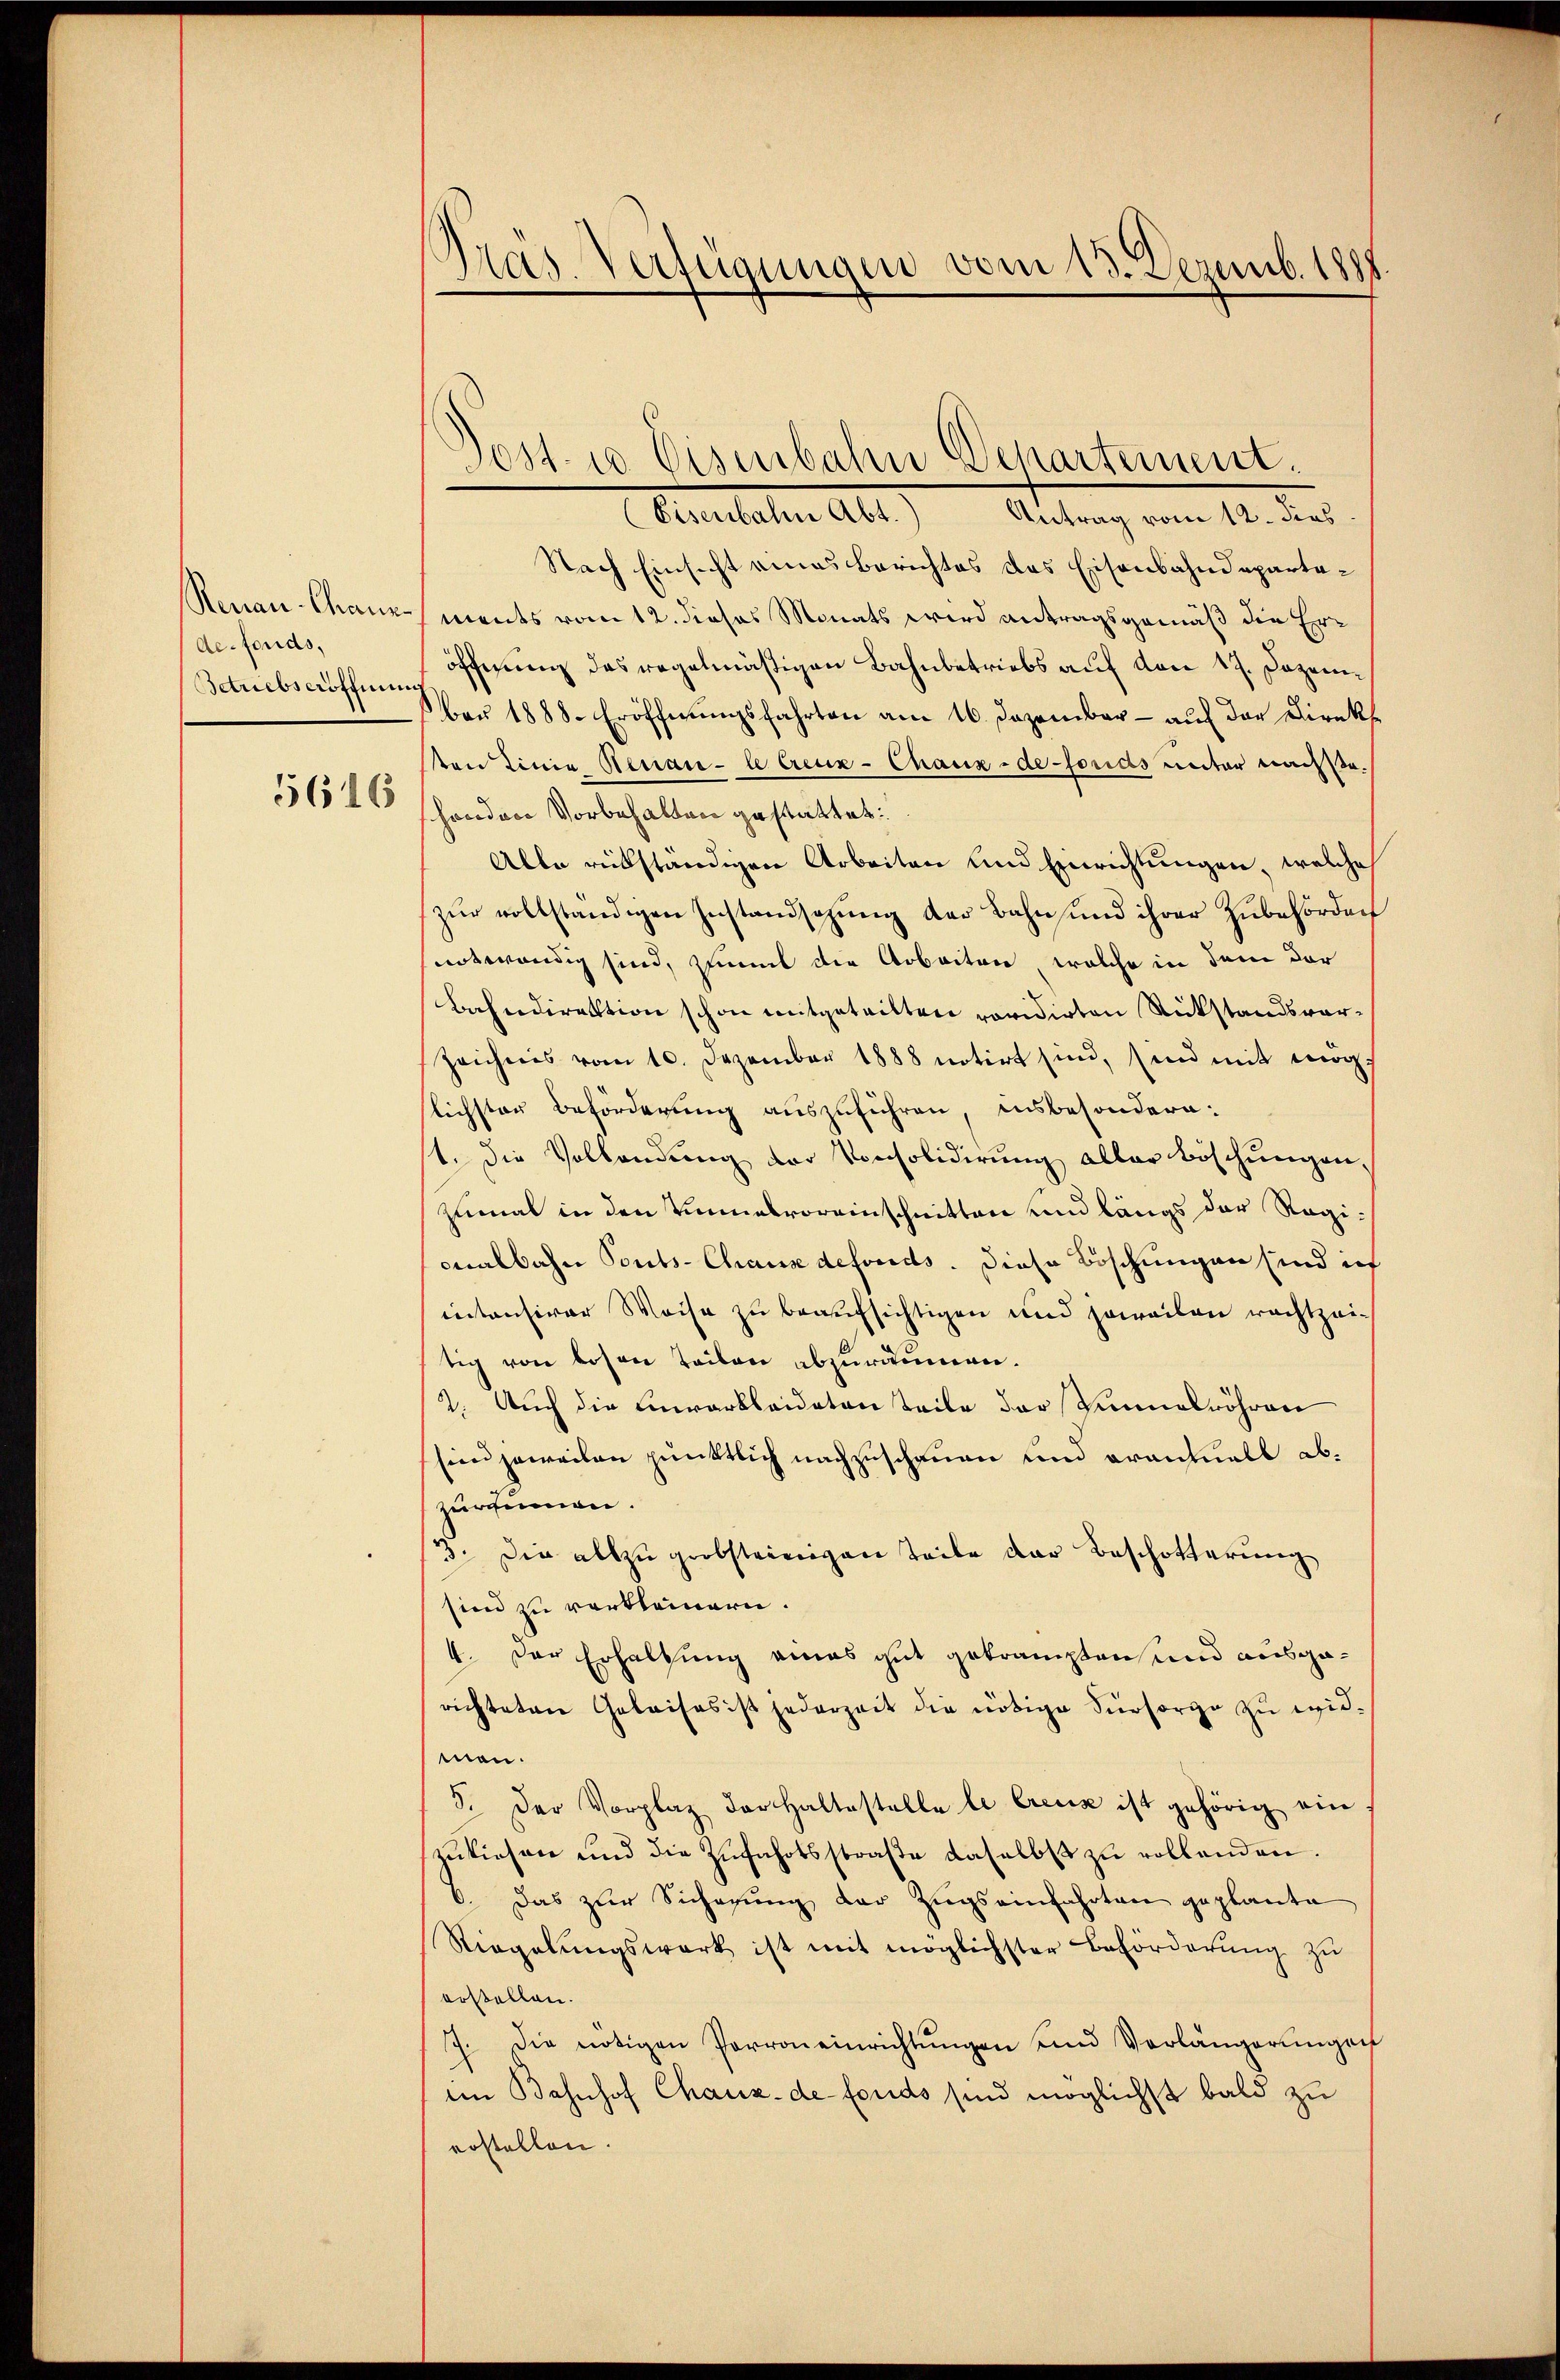
Reuan Chann
de-Fonds,
Betriebs eröffnun
5616

Pras. Verfügungen vom 13. Dezemb. 1888

Jost 10 Eisenbahn Departement.
(Eisenbahn Abt.

Antrag vom 12. dies
Nach Einsicht eines Berichtes das Eisenbahndepartements vom 12. dieses Monats wird antragsgemäß die Eröffnung das regelmäßigen Bahnbetriebs auf von 17. Dezember 1888. Eröffnungsfahrten am 16. Dezember - auf der Direkston Linie Renai- le Creuz-Chaux-de-Fonds unter nachse
henden Vorbehalten gestattet:
Alle rükständigen Arbeiten und Einrichtungen, welche
zŭr vollständigen Instandsazŭng der Bahn und ihrer Zubehörden
notwendig sind, Zimmt die Arbeiten, welche in dem dar
Bahndirektion schon mitgeteilten revidirten Rückstandsvor¬
Zeichnis vom 10. Dezember 1888 notirt sind, sind mit mög
lichster Beförderung auszuführen, insbesondern:
1. Die Vollandŭng der Konsolidierŭng aller Böschŭngen,
zumal in den Einnalvoreinschnitten und längs der Regionalbahn Ponts-Chause defonds. Diese Böschungen sind ich
intensiver Weise zu beaufsichtigen und soweiten rechtzeitig von besen Teilen abzuräumen.
2. Auch die Einverkleidetenteile der Sinnerröhren
sind jeweilen pünktlich nachzuschauen und erantuell abzurammen.
3. Die allzŭgrobsteinigen Teile der Beschotterung
sind zu verkleinern.
4. Der Erhaltung eines gut getrampten und ausgerichteten Gebaises ist jederzeit die nötige Fürsorge zŭ wid
men.
5. Der Vorplaz der Haltestelle le Creuz ist gehörig ein
zukiesen und die Zufahrtsstraße daselbst zu vollenden.
6. Das zur Sicherung der Zugs einfahrten geplante
Riegelŭngswerk ist mit möglichster Beförderŭng zŭ
erstellen.
7. die nötigen Perroneinrichtungen und Vorlängerungen
im Bahnhof Chaux-de fonds sind möglichst bald zu
erstellen.